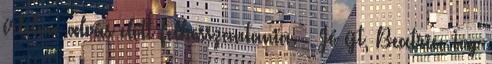
értelme alvás előtt felbosszantania. – Jó éjt, Beatrice Ivy